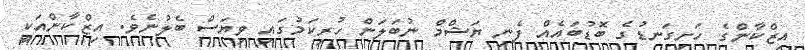
އިޒްކާންގެ ހަށިގަނޑުގެ ބޮޑުބައެއް ފެނި ޔަޝްމް ނުބަލަން ހުރިކަމުގައި ވިޔަސް ބެލުނެވެ. އިޒްކާންއަކީ